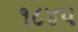
૧૮૪પ